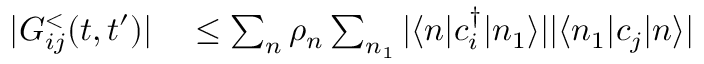
\begin{array} { r l } { | G _ { i j } ^ { < } ( t , t ^ { \prime } ) | } & { { } \leq \sum _ { n } \rho _ { n } \sum _ { n _ { 1 } } | \langle n | c _ { i } ^ { \dagger } | n _ { 1 } \rangle | | \langle n _ { 1 } | c _ { j } | n \rangle | } \end{array}